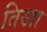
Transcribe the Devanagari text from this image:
तिखा